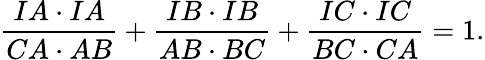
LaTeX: {\frac{IA\cdot IA}{CA\cdot AB}}+{\frac{IB\cdot IB}{AB\cdot BC}}+{\frac{IC\cdot IC}{BC\cdot CA}}=1.